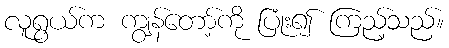
လူရွယ်က ကျွန်တော့်ကို ပြုံး၍ ကြည့်သည်။